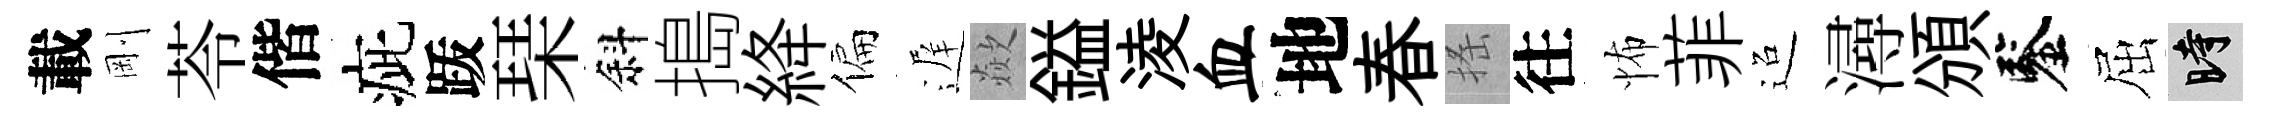
載剛苓偕疵䟦琹斜搗絳偏遅歘鎰淩血地春搖往怖菲迢潯頒鑒屈时